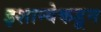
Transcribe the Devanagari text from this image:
इशान्येकडून